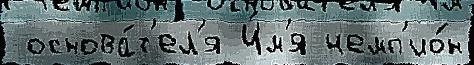
 основа́т'ел'я И́м'я чемп'ио́н